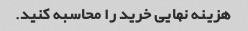
هزینه نهایی خرید را محاسبه کنید.